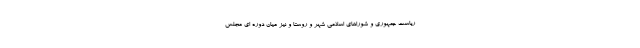
ریاست جمهوری و شوراهای اسلامی شهر و روستا و نیز میان دوره ای مجلس